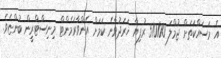
އެ މަސައްކަތަށް ޖުމްލަ 570100 ރުފިޔާ ޚަރަދުވާނެ ކަމަށް އެންވާރަމެންޓް މިނިސްޓްރީން ބުންޏެވެ.